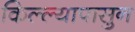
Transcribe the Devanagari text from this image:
किल्ल्यापासुन